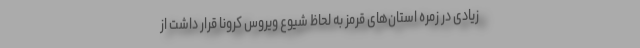
زیادی در زمره استان‌های قرمز به لحاظ شیوع ویروس کرونا قرار داشت از